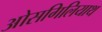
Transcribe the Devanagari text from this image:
ओसगिलियाथ